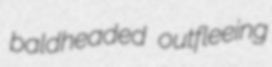
baldheaded outfleeing